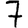
Digit: 7